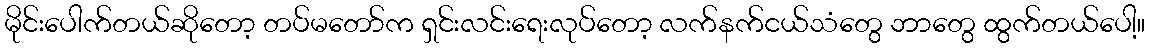
မိုင်းပေါက်တယ်ဆိုတော့ တပ်မတော်က ရှင်းလင်းရေးလုပ်တော့ လက်နက်ငယ်သံတွေ ဘာတွေ ထွက်တယ်ပေါ့။